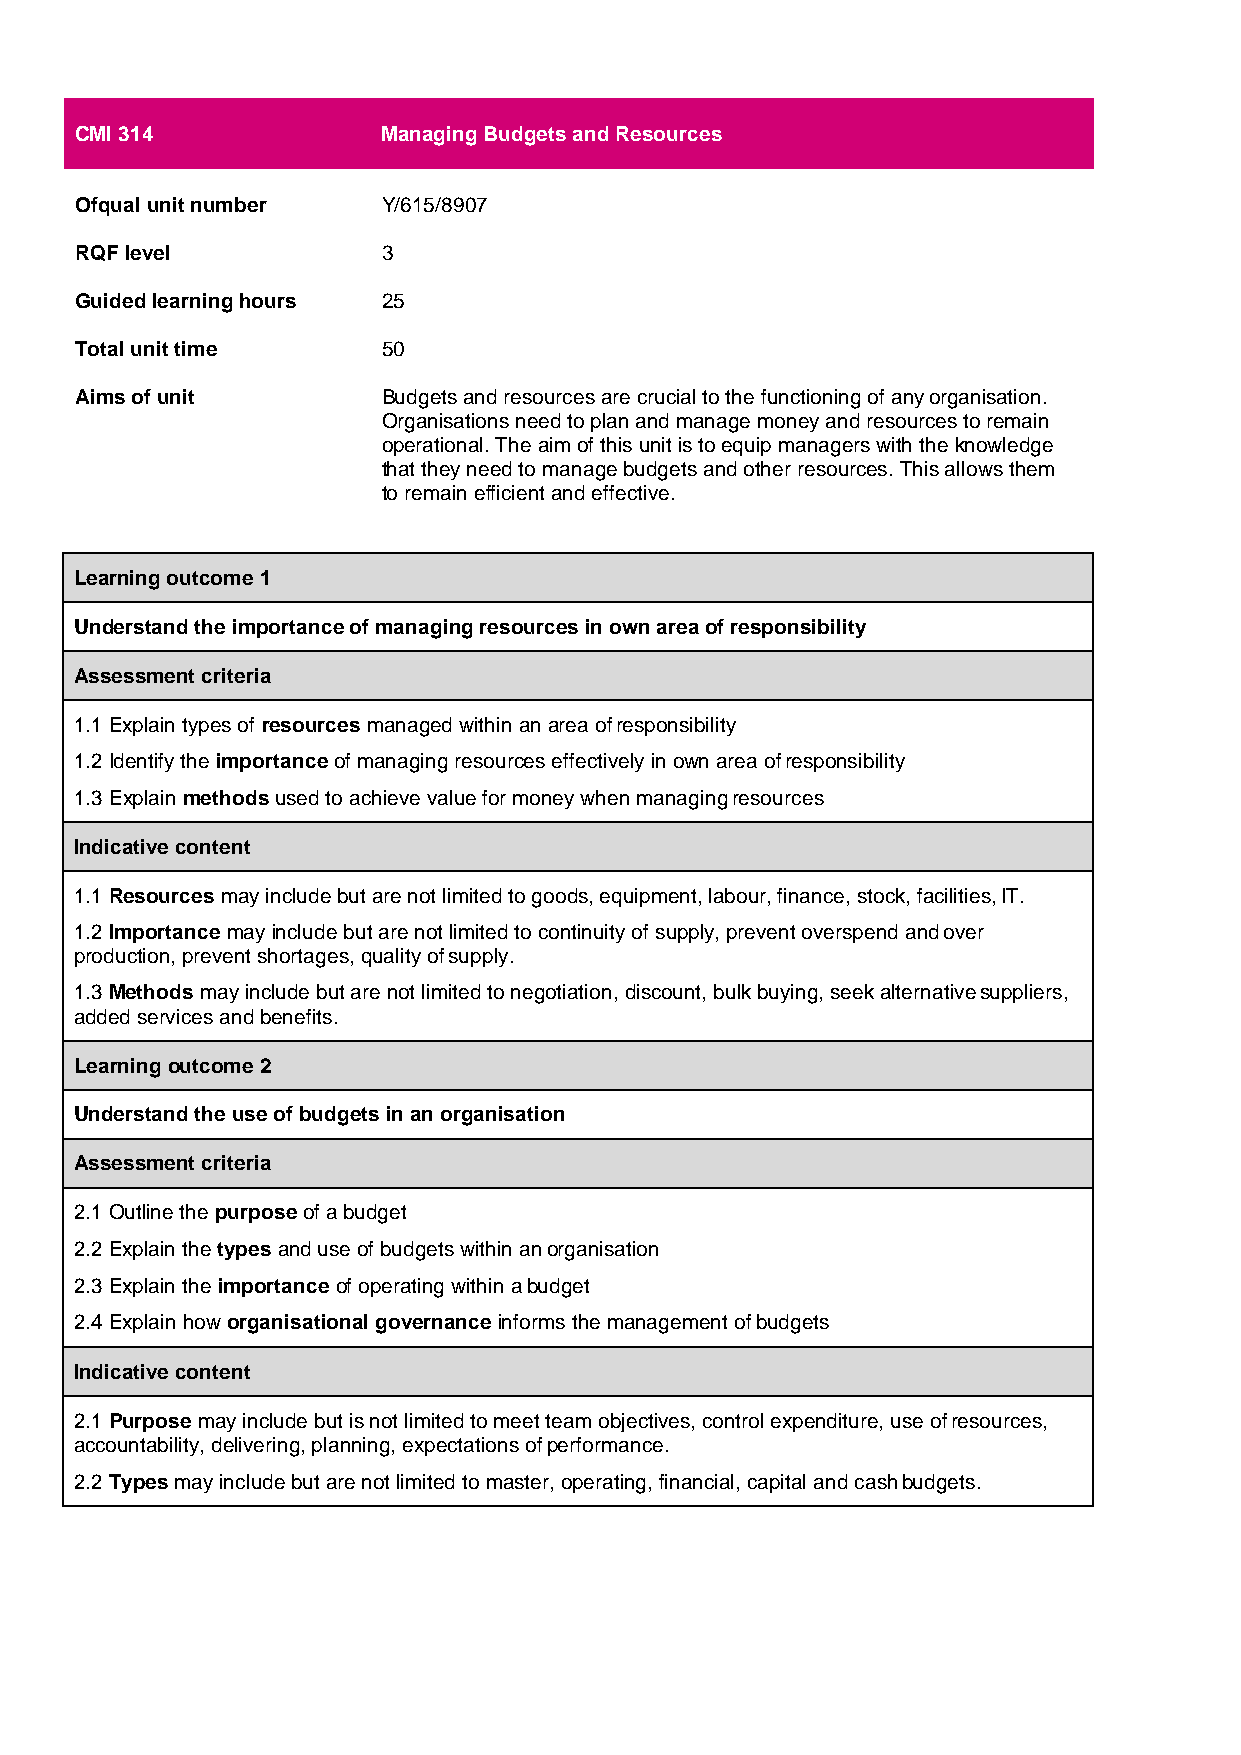
CMI 314             Managing Budgets and Resources
 Ofqual unit number  Y/615/8907
 RQF level           3
 Guided learning hours 25
 Total unit time     50
 Aims of unit        Budgets and resources are crucial to the functioning of any organisation.
 Organisations need to plan and manage money and resources to remain
 operational. The aim of this unit is to equip managers with the knowledge
 that they need to manage budgets and other resources. This allows them
 to remain efficient and effective.
 Learning outcome 1
 Understand the importance of managing resources in own area of responsibility
 Assessment criteria
 1.1 Explain types of resources managed within an area of responsibility
 1.2 Identify the importance of managing resources effectively in own area of responsibility
 1.3 Explain methods used to achieve value for money when managing resources
 Indicative content
 1.1 Resources may include but are not limited to goods, equipment, labour, finance, stock, facilities, IT.
 1.2 Importance may include but are not limited to continuity of supply, prevent overspend and over
 production, prevent shortages, quality of supply.
 1.3 Methods may include but are not limited to negotiation, discount, bulk buying, seek alternative suppliers,
 added services and benefits.
 Learning outcome 2
 Understand the use of budgets in an organisation
 Assessment criteria
 2.1 Outline the purpose of a budget
 2.2 Explain the types and use of budgets within an organisation
 2.3 Explain the importance of operating within a budget
 2.4 Explain how organisational governance informs the management of budgets
 Indicative content
 2.1 Purpose may include but is not limited to meet team objectives, control expenditure, use of resources,
 accountability, delivering, planning, expectations of performance.
 2.2 Types may include but are not limited to master, operating, financial, capital and cash budgets.
 69